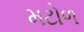
મટોળ